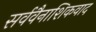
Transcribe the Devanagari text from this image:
सर्ववैनाशिकवाद